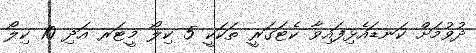
ދުވުމަށް ކަނޑައެޅިފައިވާ ކެޓަގަރީ ތަކަކީ 5 ކިލޯ މީޓަރ އަދި 10 ކިލޯ